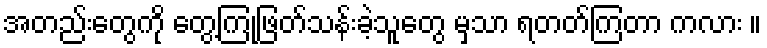
အတည်းတွေကို တွေ့ကြုံဖြတ်သန်းခဲ့သူတွေ မှသာ ရတတ်ကြတာ ကလား ။